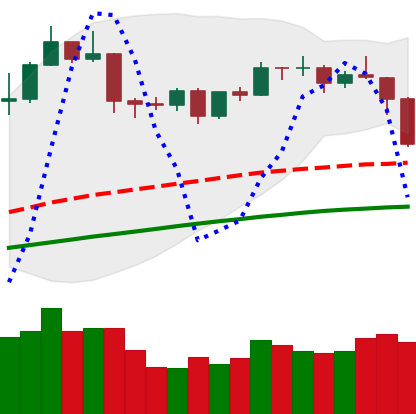
Ticker: ETH-USD
Chart end date: 2019-04-25
Forward return: 4.989%
Label: up_3_5